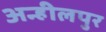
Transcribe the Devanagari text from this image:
अन्हीलपुर